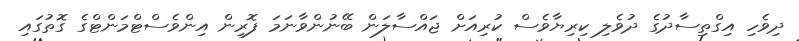
ދިވެހި އިގްތިސާދުގެ ދުވެލި ކިރިޔާވެސް ކުރިއަށް ޖައްސާލަން ބޭނުންވާނަމަ ފޮރިން އިންވެސްޓްމަންޓްގެ ގޮތުގައި